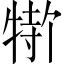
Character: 𬌣